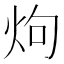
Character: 𮳤